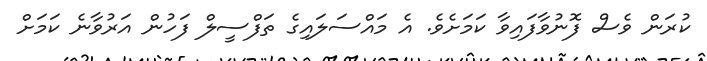
ކުރަން ވެސް ފޮނުވާފައިވާ ކަމަށެވެ. އެ މައްސަލައިގެ ތަފްސީލް ފަހުން އަރުވާނެ ކަމަށް